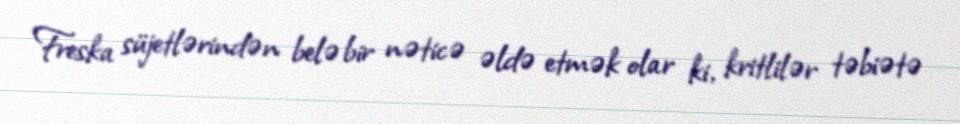
Freska süjetlərindən belə bir nəticə əldə etmək olar ki, kritlilər təbiətə